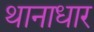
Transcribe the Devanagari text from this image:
थानाधार